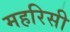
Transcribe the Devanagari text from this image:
महरिसी